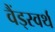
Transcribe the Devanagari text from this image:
वैंड्स्वर्थ